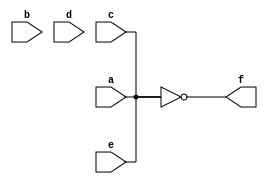
module inv5(a, b, c, d, e, f);
    input a, b, c, d, e;
    output f;
   // wire b, c, d, e;
    not #10 U1(b, a);
    not #10 U2(c, b);
    not #10 U3(d, c);
    not #10 U4(e, d);
    not #10 U5(f, e);

endmodule // inv5

module tb;
    reg a;
    wire b, c, d, e, f;
        initial begin
          a = 1'b1;
            #150
            $finish;
        end 

endmodule // tb